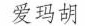
爱玛胡